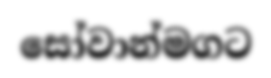
සෝවාන්මගට